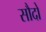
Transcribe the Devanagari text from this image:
सौदो